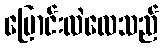
ပြောင်းလဲလေသည်